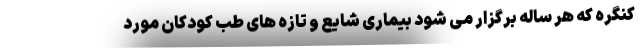
کنگره که هر ساله برگزار می شود بیماری شایع و تازه های طب کودکان مورد